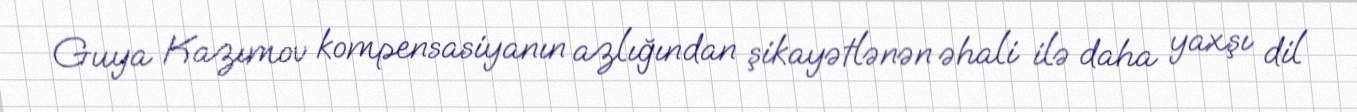
Guya Kazımov kompensasiyanın azlığından şikayətlənən əhali ilə daha yaxşı dil